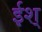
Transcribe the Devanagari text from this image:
ईश्